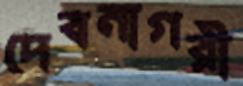
দেবনাগরী